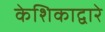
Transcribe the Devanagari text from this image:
केशिकाद्वारे